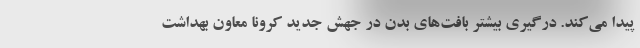
پیدا می‌کند. درگیری بیشتر بافت‌های بدن در جهش جدید کرونا معاون بهداشت